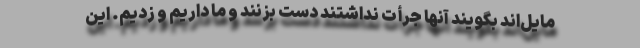
مایل‌اند بگویند آنها جرأت نداشتند دست بزنند و ما داریم و زدیم. این